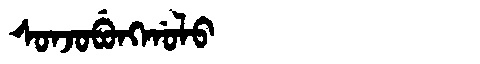
Manchu: ᠰᠣᠨᠵᠣᠪᡠᠩᡤᠣᠯᠣ
Romanization: SONJOBUNGGOLO